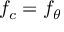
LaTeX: f _ { c } = f _ { \theta }